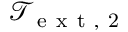
\mathcal { T } _ { \mathrm { ~ e ~ x ~ t ~ , ~ 2 ~ } }